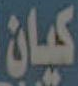
كيان